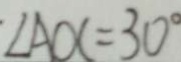
\angle A O C = 3 0 ^ { \circ }